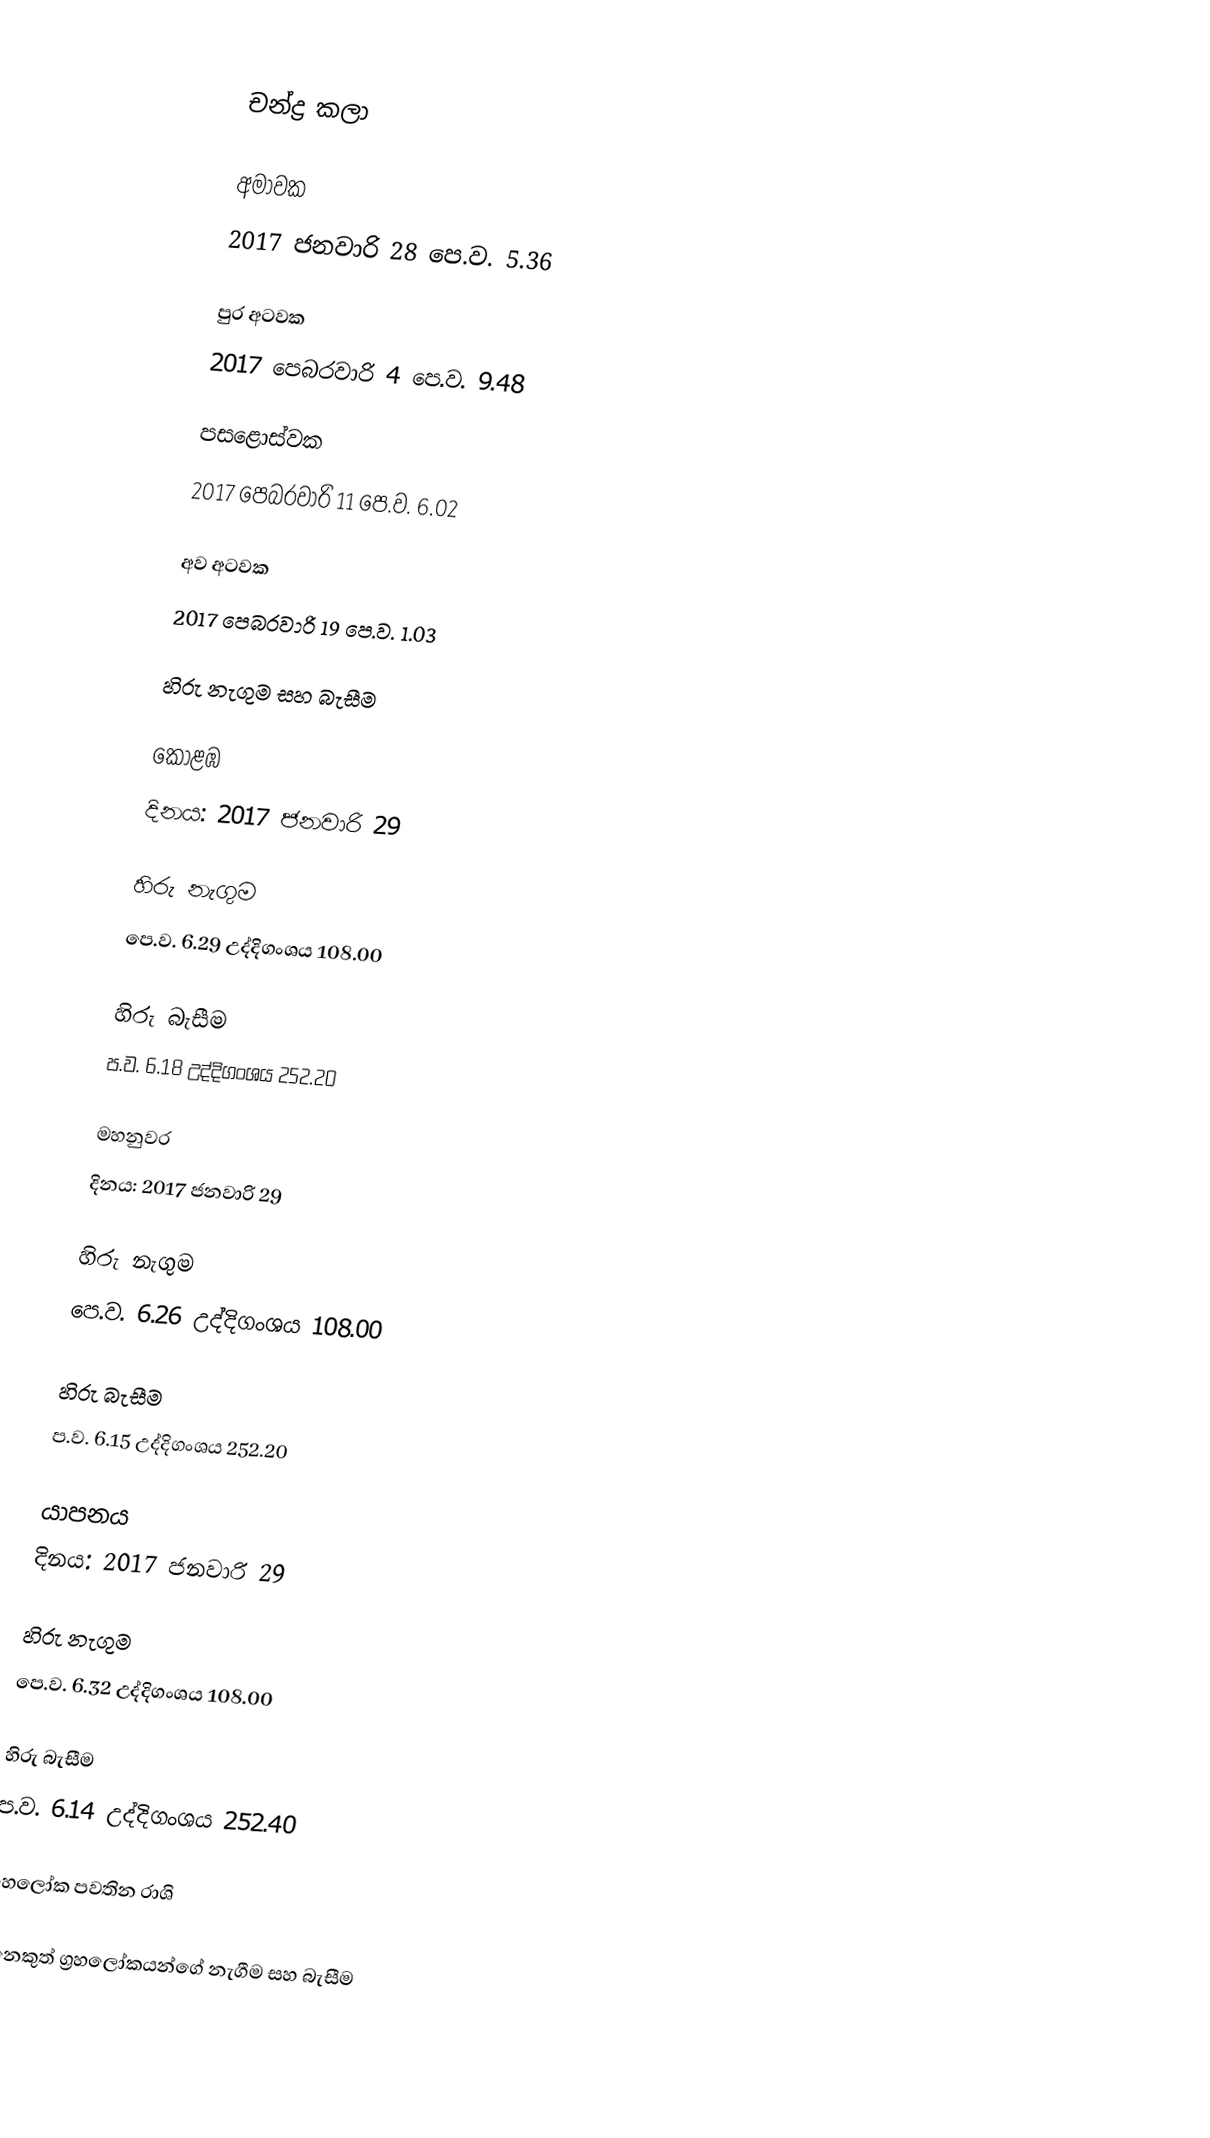

චන්ද්‍ර කලා

අමාවක
2017 ජනවාරි 28 පෙ.ව. 5.36

පුර අටවක
2017 පෙබරවාරි 4 පෙ.ව. 9.48

පසළොස්වක
2017 පෙබරවාරි 11 පෙ.ව. 6.02

අව අටවක
2017 පෙබරවාරි 19 පෙ.ව. 1.03

හිරු නැගුම සහ බැසීම

කොළඹ
දිනය: 2017 ජනවාරි 29

හිරු නැගුම
පෙ.ව. 6.29 උද්දිගංශය 108.00

හිරු බැසීම
ප.ව. 6.18 උද්දිගංශය  252.20

මහනුවර
දිනය: 2017 ජනවාරි 29

හිරු නැගුම
පෙ.ව. 6.26  උද්දිගංශය  108.00

හිරු බැසීම
ප.ව. 6.15 උද්දිගංශය  252.20

යාපනය
දිනය: 2017 ජනවාරි 29

හිරු නැගුම
පෙ.ව. 6.32 උද්දිගංශය 108.00

හිරු බැසීම
ප.ව. 6.14 උද්දිගංශය 252.40

ග්‍රහලෝක පවතින රාශි

අනෙකුත් ග්‍රහලෝකයන්ගේ නැගීම සහ බැසීම